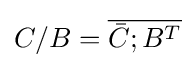
C/B={\overline {{\bar {C}};B^{T}}}